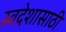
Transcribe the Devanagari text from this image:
स्वदेशासाठी